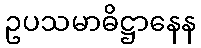
ဥပသမာဓိဋ္ဌာနေန